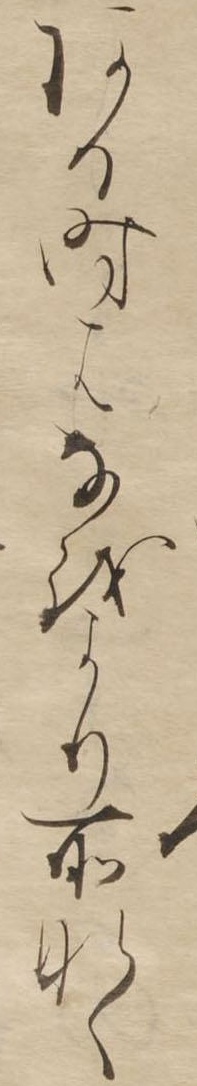
ある時はなをより所なく